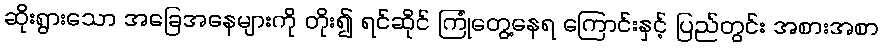
ဆိုးရွားသော အခြေအနေများကို တိုး၍ ရင်ဆိုင် ကြုံတွေ့နေရ ကြောင်းနှင့် ပြည်တွင်း အစားအစာ